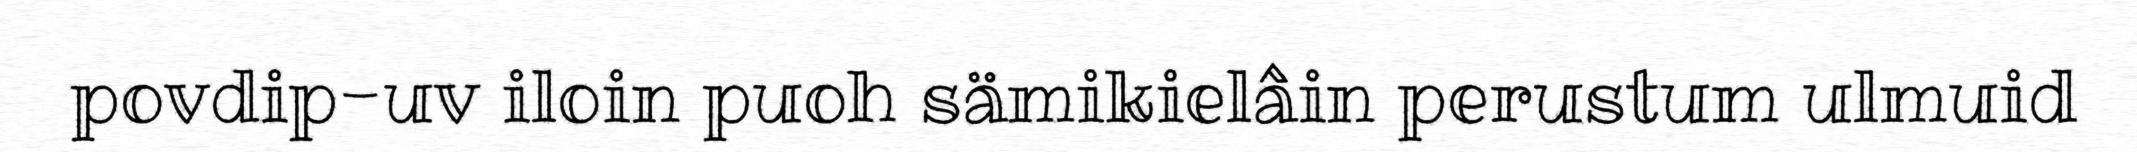
povdip-uv iloin puoh sämikielâin perustum ulmuid